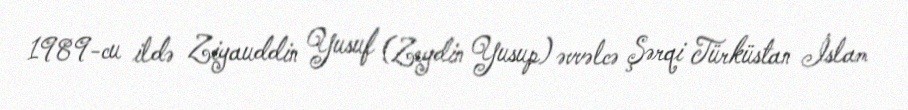
1989-cu ildə Ziyauddin Yusuf (Zeydin Yusup) əvvəlcə Şərqi Türküstan İslam